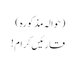
(حوالہ مذکورہ )
قارئیں کرام !